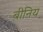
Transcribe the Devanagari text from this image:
बीनिय